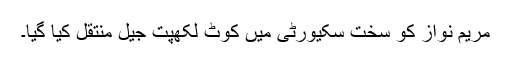
مریم نواز کو سخت سکیورٹی میں کوٹ لکھپت جیل منتقل کیا گیا۔